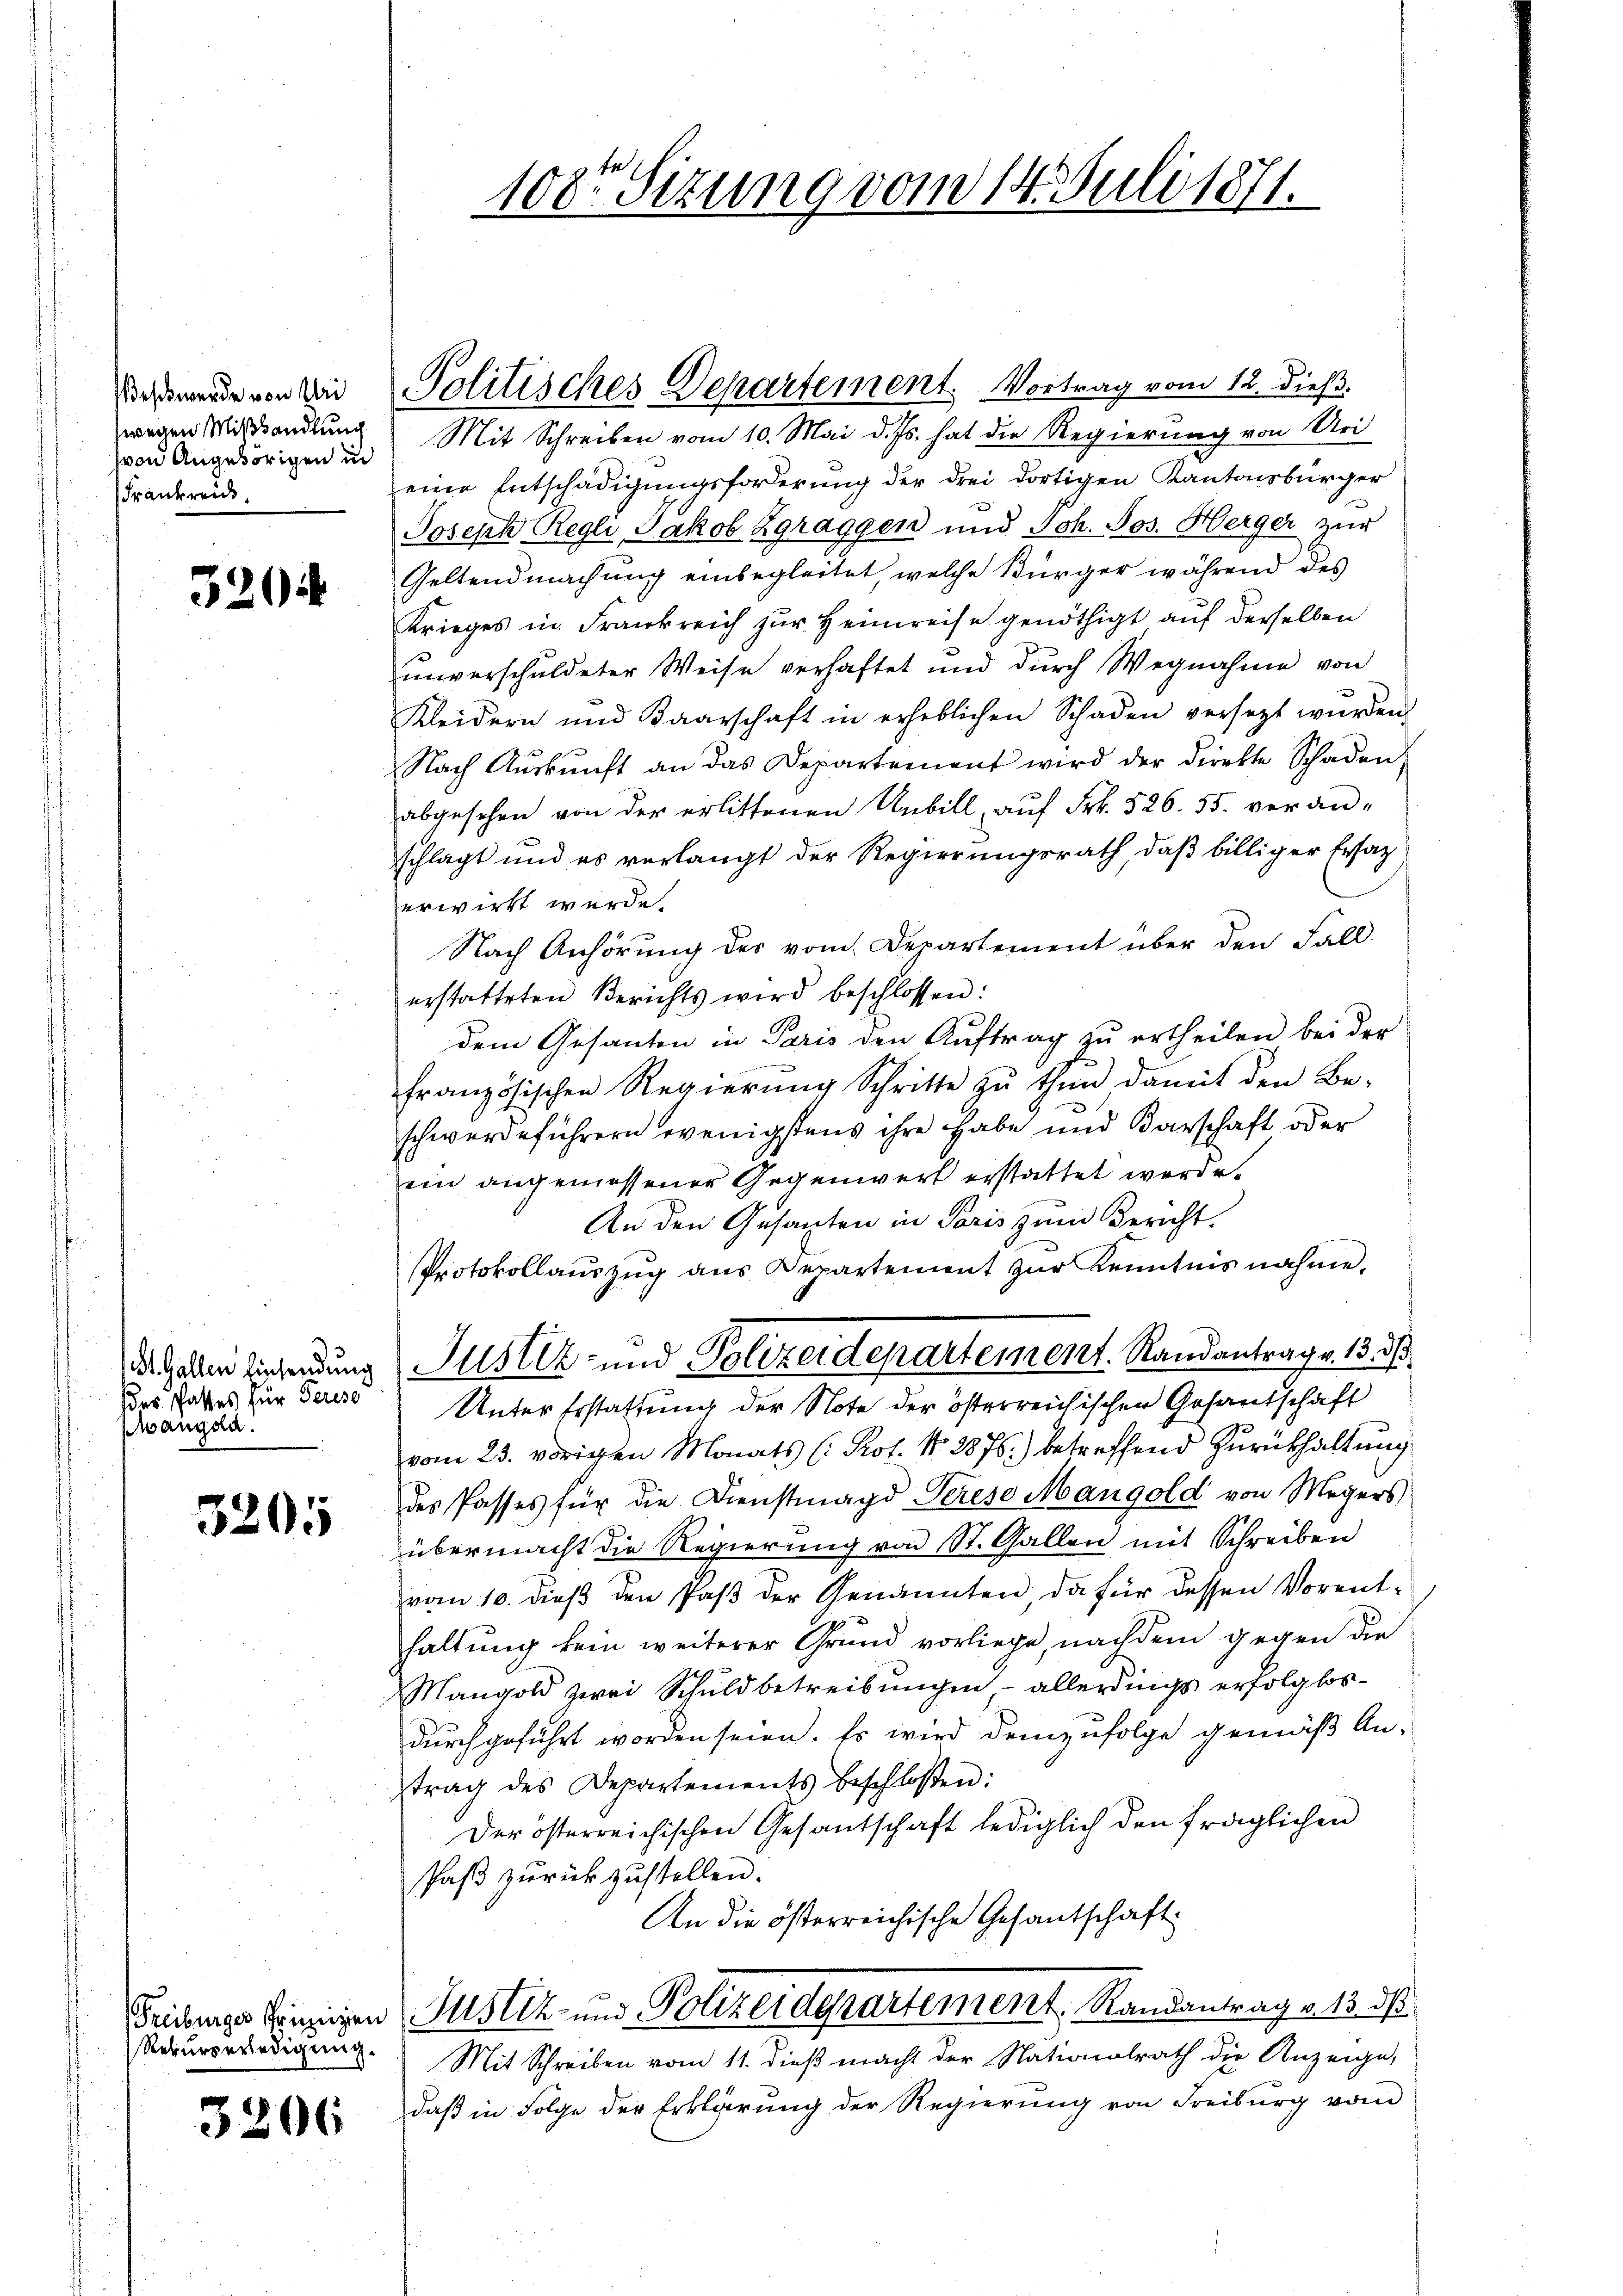
eschwerde von Uri
zwegen Mißhandlung
von Angehörigen in
Frankreic

3204

St. Gallen Einsendung
des Passes für Gerese
wangda.

3205

Rekurserledigung.

3206

eine Entschädigungsforderung der drei dortigen Kantonsbürger
Joseph Regli, Jakob Zgraggen und Joh. Jos. Herger nur
Geltendmachung einbegleitet, welche Bürger während des
Krieges in Frankreich zŭr Heimreise genöthigt auf derselben
unverschuldeter Weise verhaftet und durch Wegnahme von
Kleidern und Baarschaft in erheblichen Schaden versetzt wurden.
Nach Aŭskŭnft an das Departement wird der Direkte Schaden,
abgesehen von der erlittenen Unbill, auf Frk. 526. 55. veran-
schlagt und es verlangt der Regierungsrath, daß billiger Ersatz
erwirkt werde.
Nach Anhörung des vom Departement über den Fall
erstatteten Berichts wird beschlossen:
dem Gesanten in Paris den Auftrag zu ertheilen bei der
französischen Regierŭng Schritte zŭ thun, damit den Be-
schwerdeführern wenigstens ihre habe und Barschaft oder
ein angemessener Gegenwert erstattet werde.
An den Gesanten in Paris zum Bericht.
Protokollauszug aus Departement zur Kenntnis nahme,
Justiz- und Polizeidepartement. Randantrag v. 13. 3
Unter Erstattung der Note der österreichischen Gesandschaft
vom 23. vorigen Monats (: Prot. No. 2876.) betreffend Zurückhaltung
des Passes für die Dienstmagd Perese Mangold von Megers
übermacht die Regierung von St. Gallen mit Schreiben
vom 10. dieß den Paß der Genannten, da für dessen Vorenthaltung kein weiterer Grund vorliege, nachdem gegen die
Mangold zwei Schuldbetreibungen – allerdings erfolglosdurchgeführt worden seien. Es wird demzufolge gemäß An-
trag des Departements beschlossen:
der österreichischen Gesantschaft lediglich den fraglichen
Paß zurückzustellen.
An die österreichische Gesantschaft
eidungs keinigen Justiz- und Polizeidepartement Randantrag v. 13. ds.
Mit Schreiben vom 11. dieß macht der Nationalrath die Anzeige,
daß in Folge der Erklärung der Regierung von Freiburg vom

108. Sizung vom 14. Juli 1871.

Politisches Departement. Vortrag vom 12. dieß.
Mit Schreiben vom 10. Mai d. Js. hat die Regierung von Uri